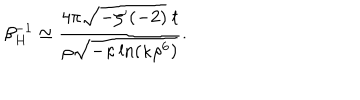
\beta _ { H } ^ { - 1 } \simeq \frac { 4 \pi \sqrt { - \zeta ^ { \prime } ( - 2 ) } \ t } { \rho \sqrt { - \kappa \ln ( \kappa \rho ^ { 6 } ) } } .